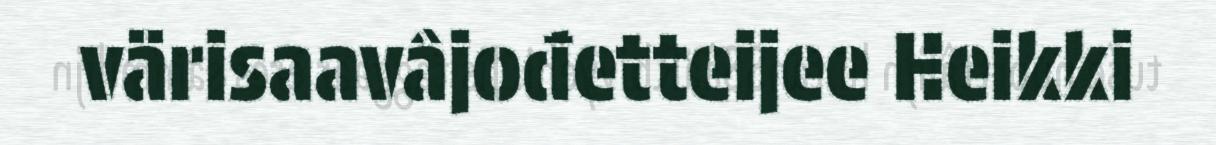
värisaavâjođetteijee Heikki